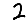
Digit: 2